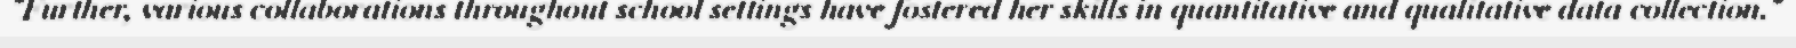
"Further, various collaborations throughout school settings have fostered her skills in quantitative and qualitative data collection."